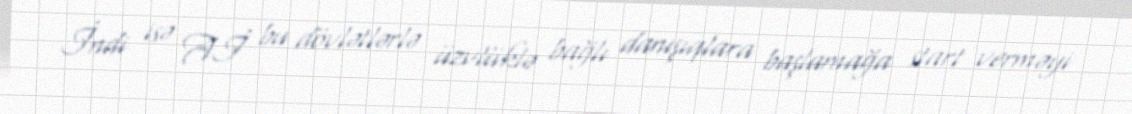
İndi isə Aİ bu dövlətlərlə üzvlüklə bağlı danışıqlara başlamağa start verməyi